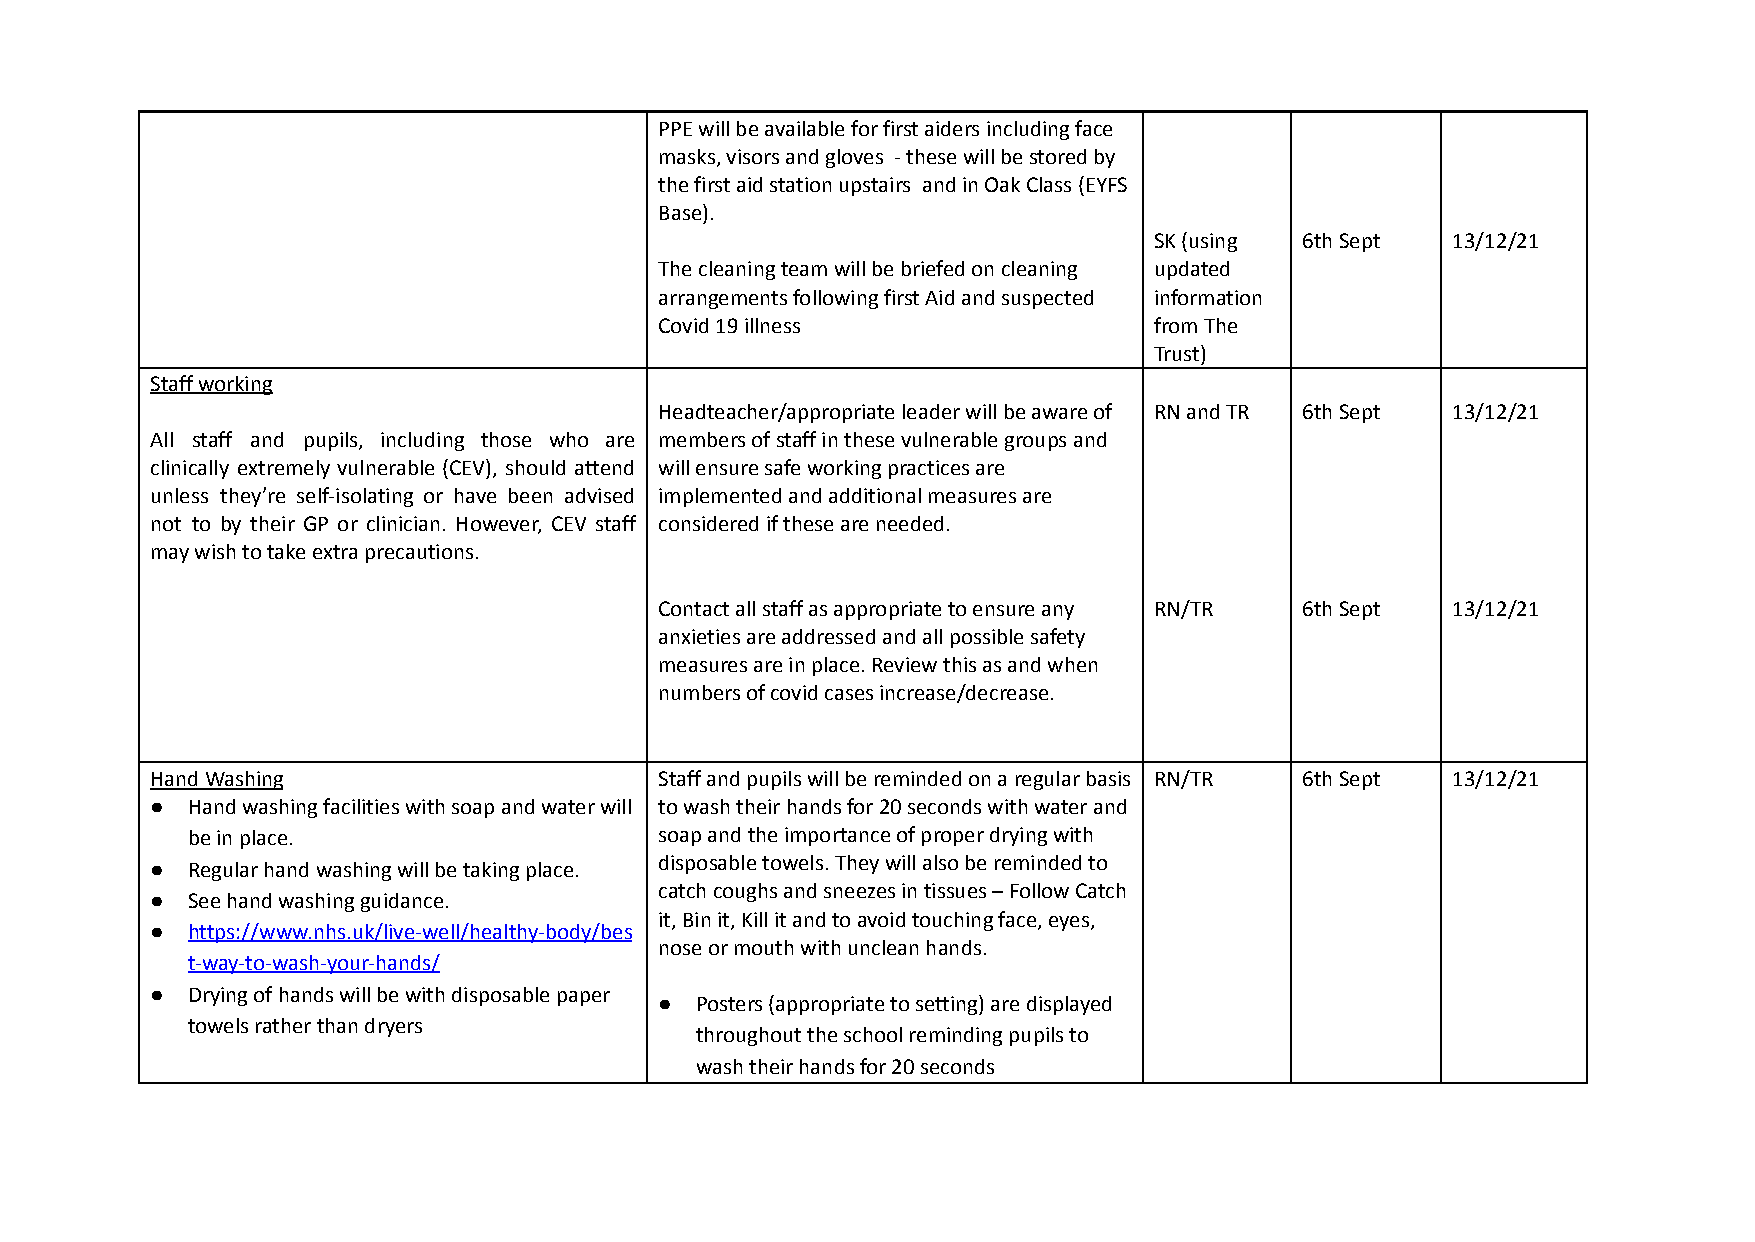
PPE will be available for first aiders including face
 masks, visors and gloves - these will be stored by
 the first aid station upstairs and in Oak Class (EYFS
 Base).
 SK (using 6th Sept  13/12/21
 The cleaning team will be briefed on cleaning updated
 arrangements following first Aid and suspected information
 Covid 19 illness                from The
 Trust)
 Staff working
 Headteacher/appropriate leader will be aware of RN and TR 6th Sept 13/12/21
 All staff and pupils, including those who are members of staff in these vulnerable groups and
 clinically extremely vulnerable (CEV), should attend will ensure safe working practices are
 unless they’re self-isolating or have been advised implemented and additional measures are
 not to by their GP or clinician. However, CEV staff considered if these are needed.
 may wish to take extra precautions.
 Contact all staff as appropriate to ensure any RN/TR 6th Sept 13/12/21
 anxieties are addressed and all possible safety
 measures are in place. Review this as and when
 numbers of covid cases increase/decrease.
 Hand Washing                      Staff and pupils will be reminded on a regular basis RN/TR 6th Sept 13/12/21
 ● Hand washing facilities with soap and water will to wash their hands for 20 seconds with water and
 be in place.                    soap and the importance of proper drying with
 ● Regular hand washing will be taking place. disposable towels. They will also be reminded to
 catch coughs and sneezes in tissues – Follow Catch
 ● See hand washing guidance.
 it, Bin it, Kill it and to avoid touching face, eyes,
 ● https://www.nhs.uk/live-well/healthy-body/bes
 nose or mouth with unclean hands.
 t-way-to-wash-your-hands/
 ● Drying of hands will be with disposable paper
 ● Posters (appropriate to setting) are displayed
 towels rather than dryers
 throughout the school reminding pupils to
 wash their hands for 20 seconds